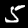
Label: 5